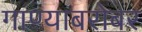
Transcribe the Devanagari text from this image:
गाण्याबरोबर